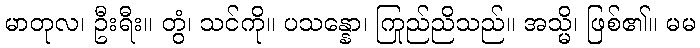
မာတုလ၊ ဦးရီး။ တွံ၊ သင်ကို။ ပသန္နော၊ ကြည်ညိုသည်။ အသ္မိ၊ ဖြစ်၏။ မမ